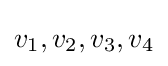
v_{1},v_{2},v_{3},v_{4}